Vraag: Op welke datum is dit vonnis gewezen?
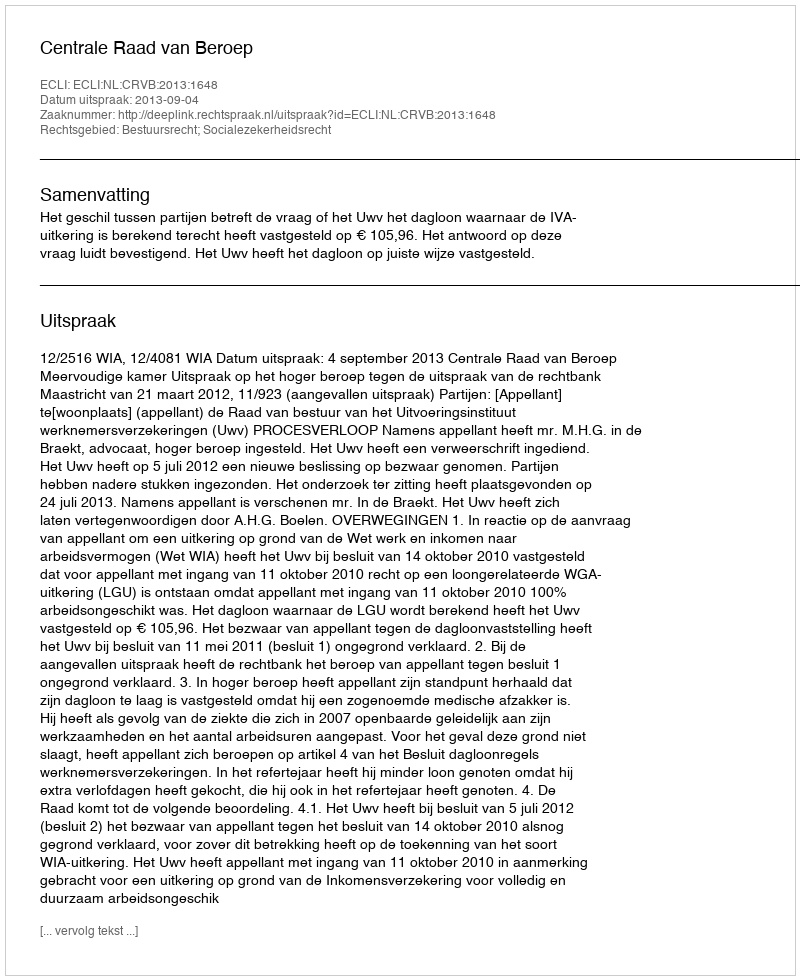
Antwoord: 2013-09-04